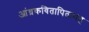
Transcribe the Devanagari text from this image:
आंध्रकवितापितामह